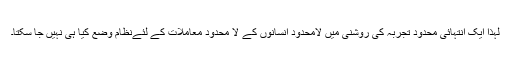
لہذا ایک انتہائی محدود تجربہ کی روشنی میں لامحدود انسانوں کے لا محدود معاملات کے لئےنظام وضع کیا ہی نہیں جا سکتا۔